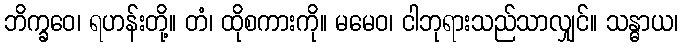
ဘိက္ခဝေ၊ ရဟန်းတို့။ တံ၊ ထိုစကားကို။ မမေဝ၊ ငါဘုရားသည်သာလျှင်။ သန္ဓာယ၊